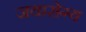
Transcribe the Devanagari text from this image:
जयारोग्य